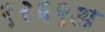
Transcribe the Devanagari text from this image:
९२६९अ